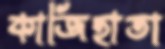
কাজিহাতা